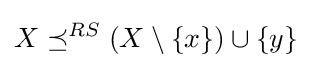
X\preceq ^{RS}(X\setminus \{x\})\cup \{y\}